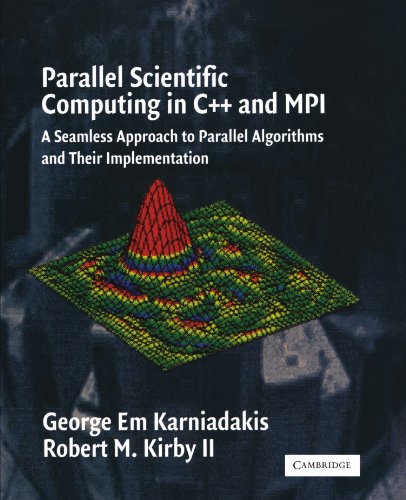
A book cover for Parallel Scientific Computing in C++ and MPI: A Seamless Approach to Parallel Algorithms and their Implementation; George Em Karniadakis; Computers & Technology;